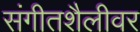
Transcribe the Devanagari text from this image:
संगीतशैलीवर